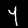
Label: 4